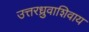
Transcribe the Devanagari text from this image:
उत्तरध्रुवाशिवाय